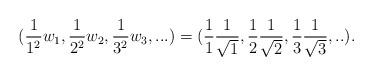
LaTeX: \begin{align*}(\frac{1}{1^2}w_1,\frac{1}{2^2}w_2,\frac{1}{3^2}w_3,...)=(\frac{1}{1}\frac{1}{\sqrt{1}},\frac{1}{2}\frac{1}{\sqrt{2}},\frac{1}{3}\frac{1}{\sqrt{3}},..).\end{align*}